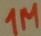
Text: 1M